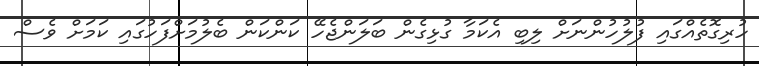
ހުރިގޮތެއްގައި ފުލުހުންނަށް ލިބި އެކަމާ ގުޅިގެން ބަލަންޖެހޭ ކަންކަން ބެލުމަށްފަހުގައި ކަމަށް ވެސް